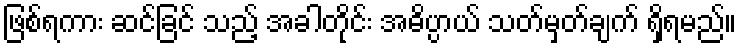
ဖြစ်ရကား ဆင်ခြင် သည့် အခါတိုင်း အဓိပ္ပာယ် သတ်မှတ်ချက် ရှိရမည်။